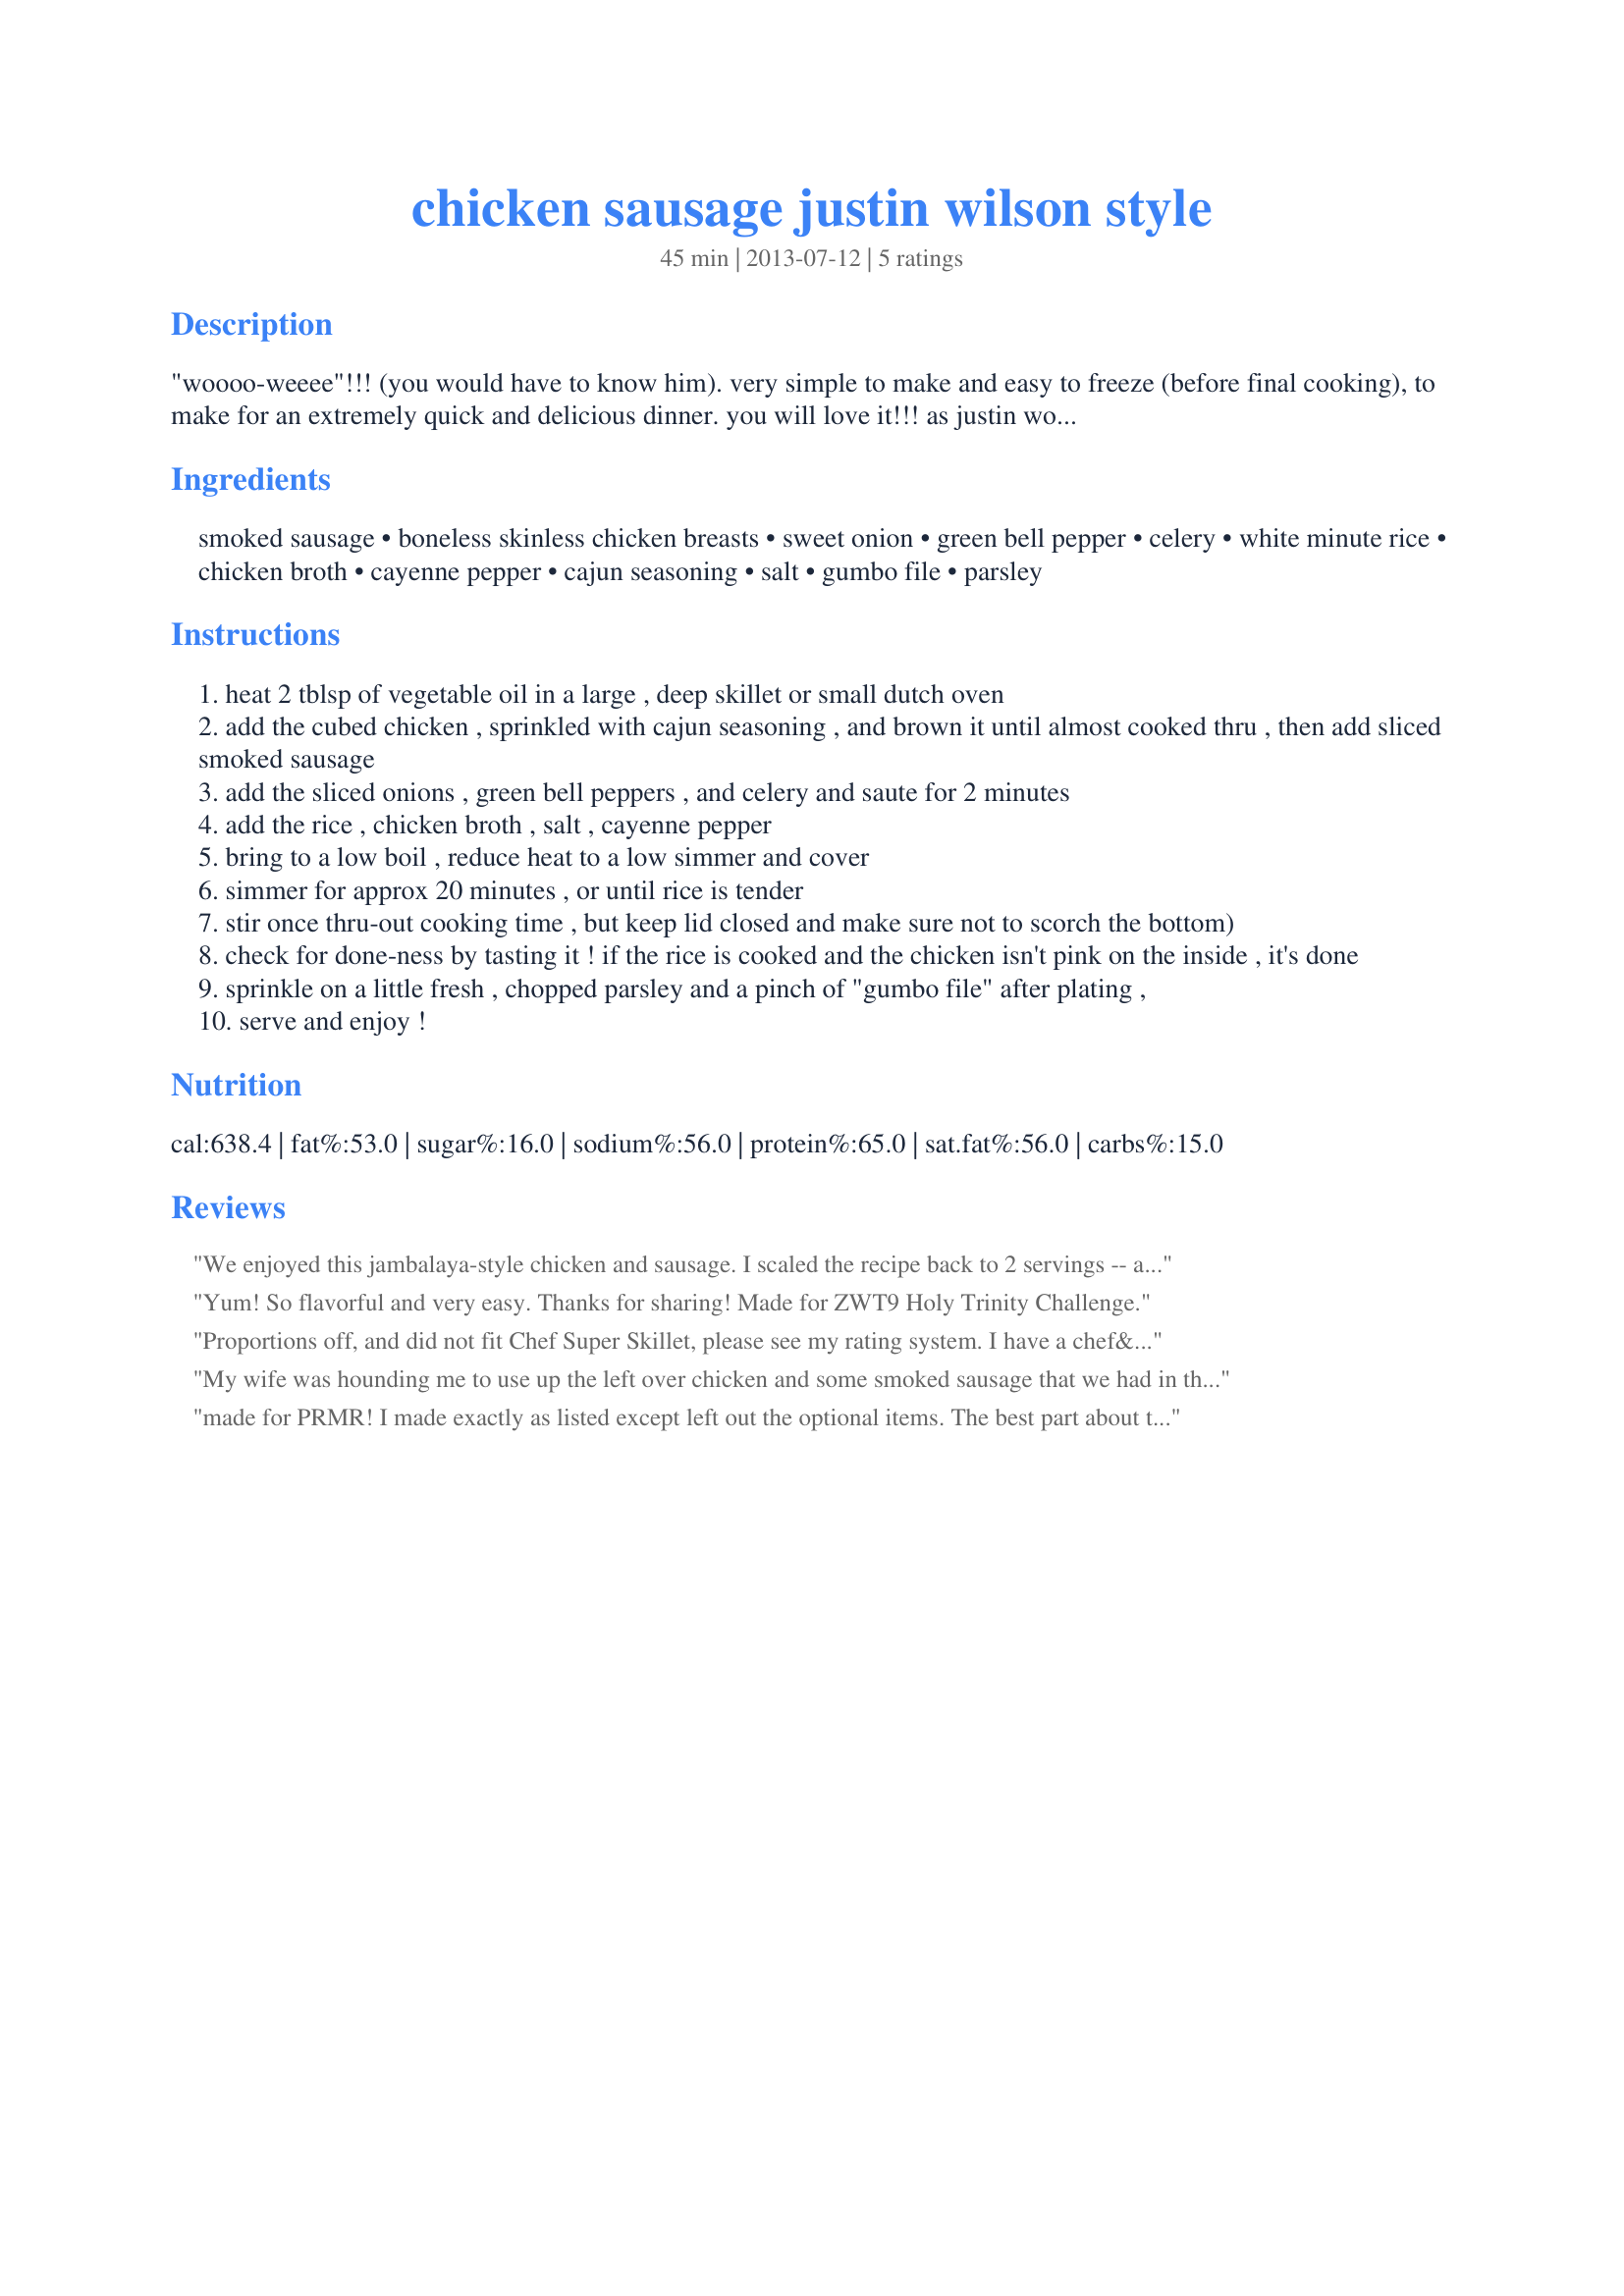
chicken sausage justin wilson style
Preparation time: 45 minutes

"woooo-weeee"!!! (you would have to know him).
very simple to make and easy to freeze (before final cooking), to make for an extremely quick and delicious dinner. you will love it!!!
as justin would say... "i garrrronnnnntteee it"!!! (you would have to know him). enjoy!

edited: one reviewer suggested cutting the rice down to 3 cups and the chicken broth down to 6 cups... i would tend to agree, so the recipe has been updated. i just make batches upon batches of this to serve to roughly 50+ people at a time, either to take to the local home-less men that stay in the church basement once a week in town, or to our county's battered women & childrens shelter. so yes, i guess i do feed a lot of "starving students", and i am kinda stingy with the meats (i'm not rich). so you can use a 8 cup broth to 4 cup rice ratio, if need be. so just use your own judgement call on the amounts you decide to use. great thanks to everyone who have tried this.

Ingredients:
smoked sausage, boneless skinless chicken breasts, sweet onion, green bell pepper, celery, white minute rice, chicken broth, cayenne pepper, cajun seasoning, salt, gumbo file, parsley

Steps:
heat 2 tblsp of vegetable oil in a large , deep skillet or small dutch oven
add the cubed chicken , sprinkled with cajun seasoning , and brown it until almost cooked thru , then add sliced smoked sausage
add the sliced onions , green bell peppers , and celery and saute for 2 minutes
add the rice , chicken broth , salt , cayenne pepper
bring to a low boil , reduce heat to a low simmer and cover
simmer for approx 20 minutes , or until rice is tender
stir once thru-out cooking time , but keep lid closed and make sure not to scorch the bottom)
check for done-ness by tasting it ! if the rice is cooked and the chicken isn't pink on the inside , it's done
sprinkle on a little fresh , chopped parsley and a pinch of "gumbo file" after plating ,
serve and enjoy !

Reviews:
We enjoyed this jambalaya-style chicken and sausage. I scaled the recipe back to 2 servings -- as it&#039;s just me and DH. Even though the recipe was from Justin Wilson, I have to say that I missed having some crushed tomatoes and/or tomato paste which may not be conventional, but none-the-less they are ingredients that we generally add to this type of dish. I also added less cayenne as I used a spicy sausage. Made for PRMR, March, 2013.
Yum! So flavorful and very easy. Thanks for sharing! Made for ZWT9 Holy Trinity Challenge.
Proportions off, and did not fit Chef Super Skillet, please see my rating system. I have a chef&#039;s super pot, which can handle oversized wok dishes. This recipe was for 6-8 servings, and should have fit the pot. (If only I had used my 6.75-quart Dutch oven!) 4 cups of uncooked rice and 8 cups chicken broth were too much in proportion to the chicken and sausage, and they raised the ingredients/liquid level to less than 1/4&quot; of the top. As a result, I had to leave the top cock-eyed so the pot wouldn&#039;t boil over; it took an additional 15 minutes to cook the dish. In the end, there was a vast amount of rice for the protein. Unless you have a lot of &quot;starving students&quot;, cut the rice down to 3 cups, and the chicken broth down to 6 cups. The recipe&#039;s step 1 asked to &quot;heat the oil in a skillet.&quot; No oil was mentioned in the ingredients. Next measuring quandary: in step 2, the chicken was to be sprinkled with Cajun seasoning, was this the same seasoning listed under the cayenne pepper? I used the 1/2 Tbsp. Cajun seasoning in a bag to shake the chicken cubes for distribution. Then as the chicken cooked, I sprinkled more seasoning. I wish the recipe had given better instruction. I shook on some gumbo file, which was a valuable contribution to this dish. Next time I would use a more interesting sausage and reduce the uncooked rice to 3 cups. Made for Please Review My Recipe.
My wife was hounding me to use up the left over chicken and some smoked sausage that we had in the fridge. I typed in those two ingredients and found this recipe. What a great recipe. It tasted great. We only had green bell pepper (not a mixture of colors), but with the onion it worked out well. I did cut the rice to 3c and broth down to 6c to make the dish blend better (meat to rice), but when feeding a crowd I understand the logic behind it. I did take the advice and use a small Dutch oven to prepare this. We will make this again. Thanks, Rosie.
made for PRMR! I made exactly as listed except left out the optional items. The best part about this is it is very easy to make!!! Great flavor and easy is what makes a good recipe great! Thanks
